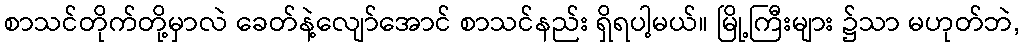
စာသင်တိုက်တို့မှာလဲ ခေတ်နဲ့လျော်အောင် စာသင်နည်း ရှိရပါ့မယ်။ မြို့ကြီးများ ၌သာ မဟုတ်ဘဲ,